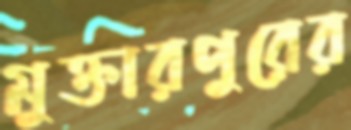
মুক্তারপুরের